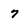
Character: 7